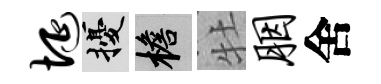
埏擾檐牡胭舍